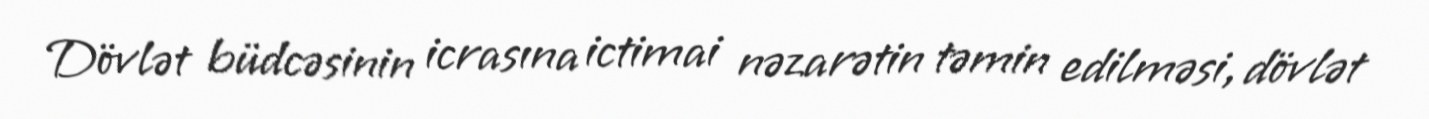
Dövlət büdcəsinin icrasına ictimai nəzarətin təmin edilməsi, dövlət